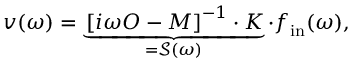
\boldsymbol { v } ( \omega ) = \underbrace { \left[ i \omega O - M \right] ^ { - 1 } \cdot K } _ { = \mathcal { S } ( \omega ) } \cdot \boldsymbol { f } _ { \mathrm { i n } } ( \omega ) ,